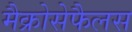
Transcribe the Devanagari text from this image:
मैक्रोसेफैलस